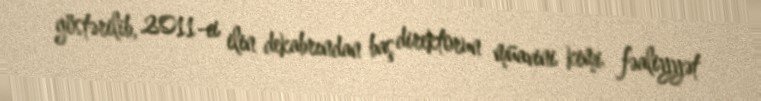
göstərilib, 2011-ci ilin dekabrından baş direktorun müavini kimi fəaliyyət